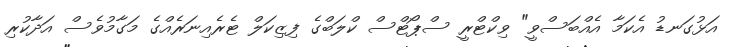
އަޅުގަނޑު އެކަމާ އެއްބަސްވީ" ވިކްޓްރީ ސްޕޯޓްސް ކްލަބްގެ ފިޒިކަލް ޓެރެއިނަރެއްގެ މަގާމުވެސް އަދާކުރި